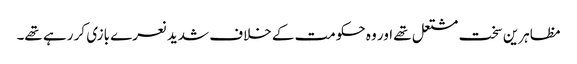
مظاہرین سخت مشتعل تھے اور وہ حکومت کے خلاف شدید نعرے بازی کر رہے تھے۔